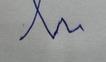
Signature authenticity: forged